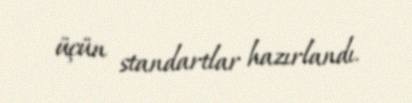
üçün standartlar hazırlandı.